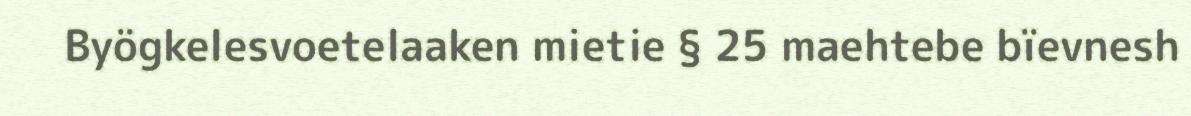
Byögkelesvoetelaaken mietie § 25 maehtebe bïevnesh